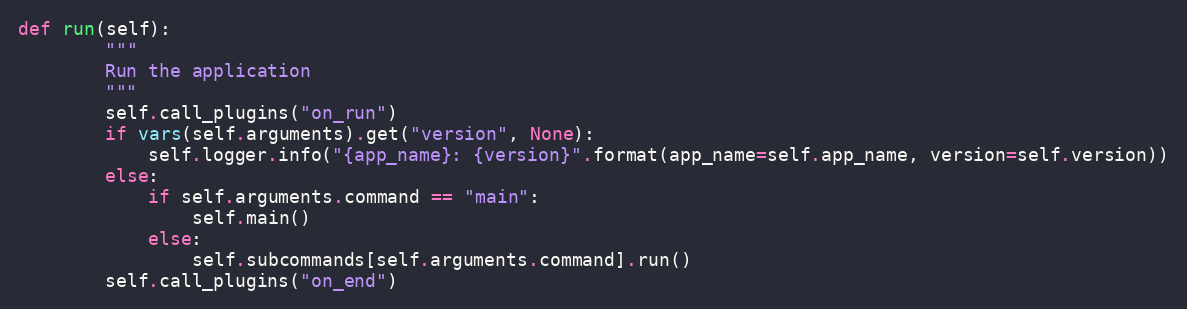
Language: Python
def run(self):
        """
        Run the application
        """
        self.call_plugins("on_run")
        if vars(self.arguments).get("version", None):
            self.logger.info("{app_name}: {version}".format(app_name=self.app_name, version=self.version))
        else:
            if self.arguments.command == "main":
                self.main()
            else:
                self.subcommands[self.arguments.command].run()
        self.call_plugins("on_end")